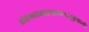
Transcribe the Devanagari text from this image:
प्रोद्दण्डराक्षसमहावनरुट्कृशानो।